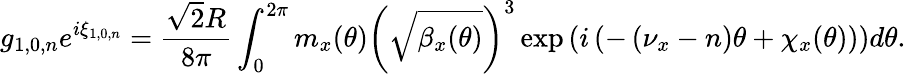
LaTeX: g_{1,0,n}e^{i\xi_{1,0,n}}=\frac{\sqrt 2R}{8\pi}\int_{0}^{2\pi}{m_{x}(\theta)\left(\sqrt{\beta_{x}(\theta)}\right)^{3}\exp\left(i\left(-\left(\nu_{x}-n\right)\theta+\chi_{x}(\theta)\right)\right)d\theta}.